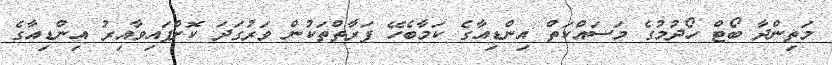
މަތިންދާ ބޯޓް ހޯދުމުގެ މަސައްކަތް އިންޑިއާގެ ކަމާބެހޭ ފަރާތްތަކުން ވަރުގަދަ ކޮށްފައިވާއިރު އިންޑިއާގެ